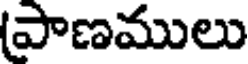
పాణములు